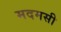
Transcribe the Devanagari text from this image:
मदमसी